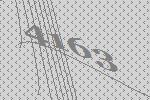
4163